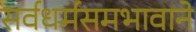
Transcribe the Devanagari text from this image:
सर्वधर्मसमभावाने